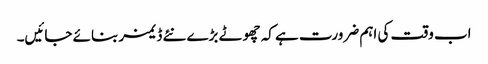
اب وقت کی اہم ضرورت ہے کہ چھوٹے بڑے نئے ڈ یمز بنائے جائیں۔